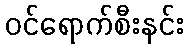
ဝင်ရောက်စီးနင်း